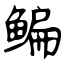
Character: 鳊